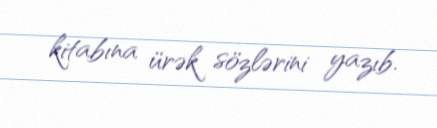
kitabına ürək sözlərini yazıb.